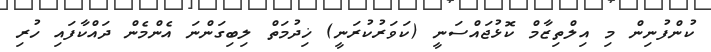
ކުންފުނިން މި އިލްތިޒާމް ކޮޅުޖައްސަނީ (ކަވަރުކުރަނީ) ޚިދުމަތް ލިބިގަންނަ އެންމެން ދައްކާފައި ހުރި